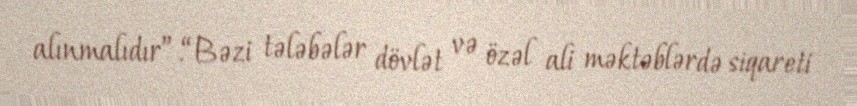
alınmalıdır”.“Bəzi tələbələr dövlət və özəl ali məktəblərdə siqareti